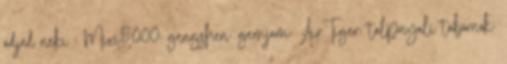
adjad neki : Mixi5000: gengshen: gemjam: AirTiger: talpnyali tábornok: